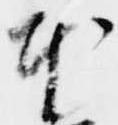
本